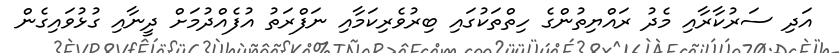
އަދި ސަރުކާރާއި މެދު ރައްޔިތުންގެ ހިތްތަކުގައި ބިރުވެރިކަމާއި ނަފްރަތު އުފެއްދުމަށް ދީނާއި ގުޅުވައިގެން